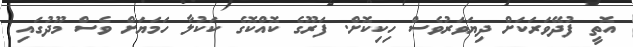
އޮތީ ފުދޭވަރަކަށް ދިޔަވަރުވެސް ހިކިކޮށް. ފަރޫގެ ކޮއްކޮގެ ކަކުލާ ހަމަޔަަށް ވެސް މޫދުގައި